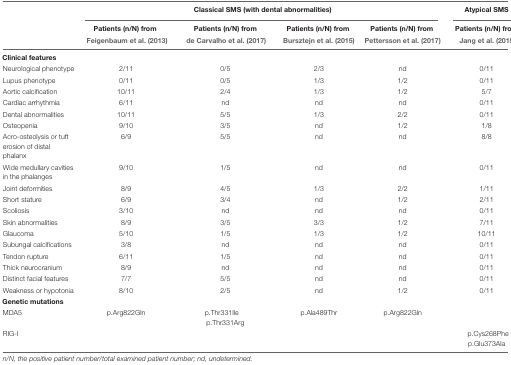
|  | <COLSPAN=4> Classical SMS (with dental abnormalities) | Atypical SMS |
 |  | Patients (n/N) from | Patients (n/N) from | Patients (n/N) from | Patients (n/N) from | Patients (n/N) from |
 |  | Feigenbaum et al. (2013) | de Carvalho et al. (2017) | Bursztejn et al. (2015) | Pettersson et al. (2017) | Jang et al. (2015) |
 | --- | --- | --- | --- | --- | --- |
 | <COLSPAN=6> Clinical features |
 | Neurological phenotype | 2/11 | 0/5 | 2/3 | nd | 0/11 |
 | Lupus phenotype | 0/11 | 0/5 | 1/3 | 1/2 | 0/11 |
 | Aortic calcification | 10/11 | 2/4 | 1/3 | 1/2 | 5/7 |
 | Cardiac arrhythmia | 6/11 | nd | nd | nd | 0/11 |
 | Dental abnormalities | 10/11 | 5/5 | 1/3 | 2/2 | 0/11 |
 | Osteopenia | 9/10 | 3/5 | nd | 1/2 | 1/8 |
 | Acro-osteolysis or tuft erosion of distal phalanx | 6/9 | 5/5 | nd | nd | 8/8 |
 | Wide medullary cavities in the phalanges | 9/10 | 1/5 | nd | nd | 0/11 |
 | Joint deformities | 8/9 | 4/5 | 1/3 | 2/2 | 1/11 |
 | Short stature | 6/9 | 3/4 | nd | 1/2 | 2/11 |
 | Scoliosis | 3/10 | nd | nd | nd | 0/11 |
 | Skin abnormalities | 8/9 | 3/5 | 3/3 | 1/2 | 7/11 |
 | Glaucoma | 5/10 | 1/5 | 1/3 | 1/2 | 10/11 |
 | Subungal calcifications | 3/8 | nd | nd | nd | 0/11 |
 | Tendon rupture | 6/11 | 1/5 | nd | nd | 0/11 |
 | Thick neurocranium | 8/9 | nd | nd | nd | 0/11 |
 | Distinct facial features | 7/7 | 5/5 | nd | nd | 0/11 |
 | Weakness or hypotonia | 8/10 | 2/5 | nd | 1/2 | 0/11 |
 | <COLSPAN=6> Genetic mutations |
 | MDA5 | p.Arg822Gln | p.Thr331Ile p.Thr331Arg | p.Ala489Thr | p.Arg822Gln |  |
 | RIG-I |  |  |  |  | p.Cys268Phe p.Glu373Ala |